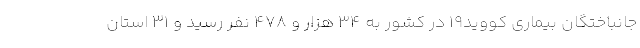
جانباختگان بیماری کووید۱۹ در کشور به ۳۴ هزار و ۴۷۸ نفر رسید و ۳۱ استان